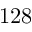
1 2 8